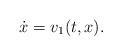
LaTeX: \begin{align*} \dot{x}=v_1(t, x). \end{align*}